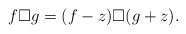
\begin{align*}f\Box g=(f-z)\Box (g+z). \end{align*}